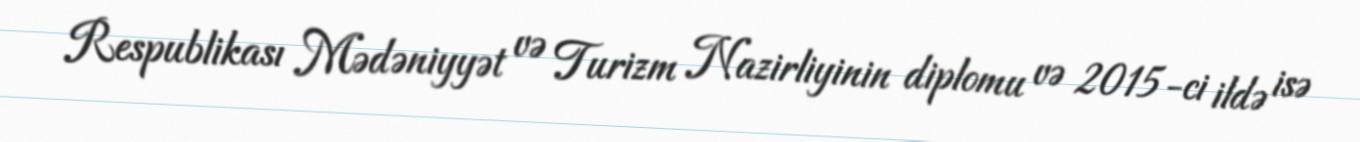
Respublikası Mədəniyyət və Turizm Nazirliyinin diplomu və 2015-ci ildə isə